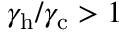
\gamma _ { \mathrm { h } } / \gamma _ { \mathrm { c } } > 1